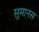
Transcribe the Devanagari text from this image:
सुमानस